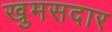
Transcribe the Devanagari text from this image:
खुमसदार